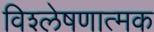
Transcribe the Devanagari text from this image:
विश्‍लेषणात्‍मक